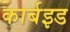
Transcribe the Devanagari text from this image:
कार्बइड